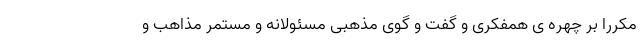
مکررا بر چهره ی همفکری و گفت و گوی مذهبی مسئولانه و مستمر مذاهب و